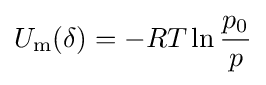
U_{\rm {m}}(\delta )=-RT\ln {\frac {p_{0}}{p}}